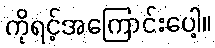
ကိုရင့်အကြောင်းပေါ့။